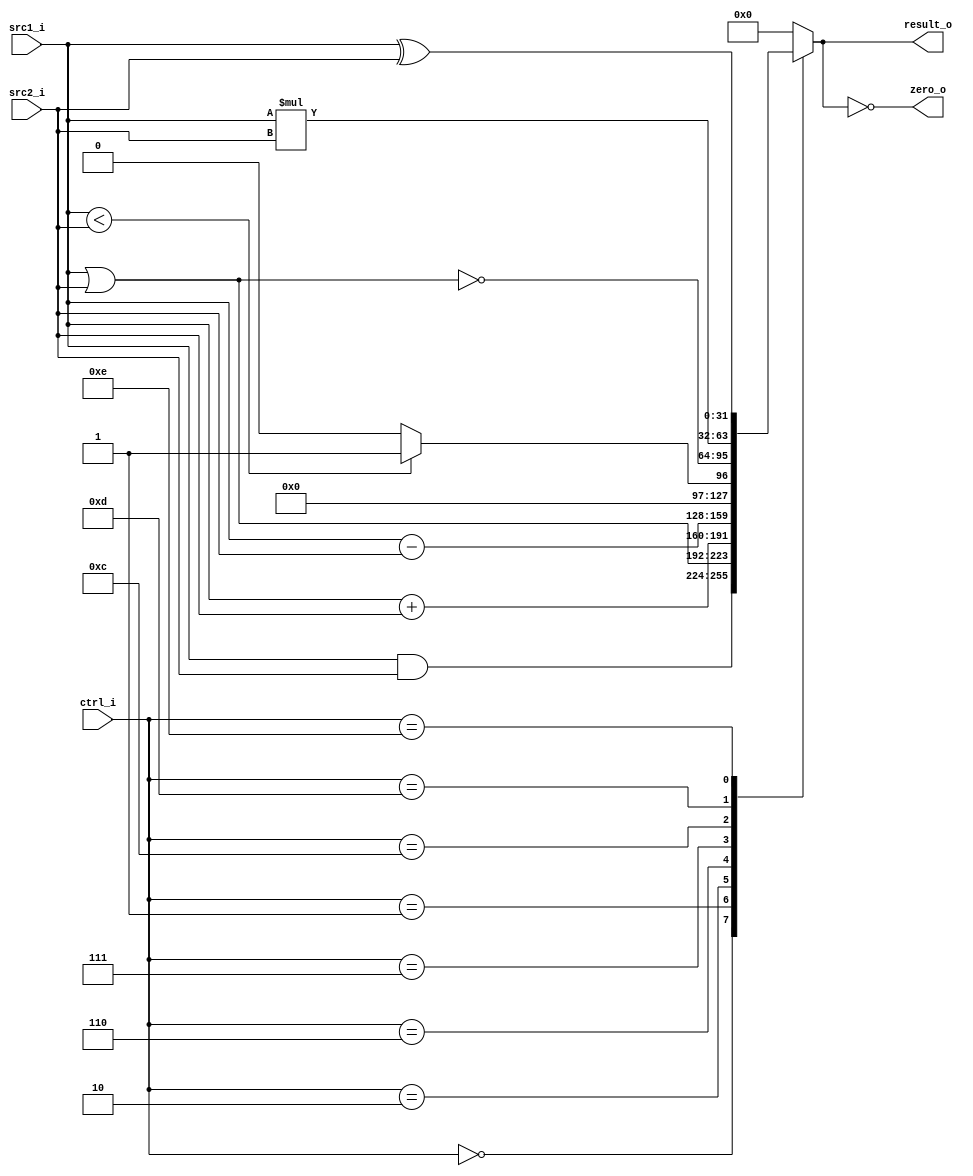
// 110652011
module ALU(
    src1_i,
	src2_i,
	ctrl_i,
	result_o,
	zero_o
	);
     
//I/O ports
input  [32-1:0]  src1_i;
input  [32-1:0]	 src2_i;
input  [4-1:0]   ctrl_i;

output [32-1:0]	 result_o;
output           zero_o;

//Internal signals
reg    [32-1:0]  result_o;
wire             zero_o;

//Parameter

//Main function

	assign zero_o = (result_o == 0);
	always @(*) begin
		case (ctrl_i)
			0:	result_o <= src1_i & src2_i;			// and
			1:  result_o <= src1_i | src2_i; 		 	// or
			2:  result_o <= src1_i + src2_i; 		 	// add
			6:  result_o <= src1_i - src2_i; 		 	// sub
			7:  result_o <= src1_i < src2_i ? 1 : 0; 	// slt
			12: result_o <= ~(src1_i | src2_i);		 	// nor
			13:	result_o <= src1_i * src2_i;		 	// mult
			14:	result_o <= src1_i ^ src2_i;			// xor
			default: result_o <= 0;
		endcase
	end

endmodule